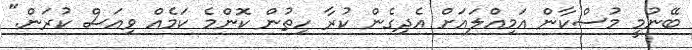
ބޭނުމީ މުސްކާން އަމިއްލައަށް އެދިގެން ކުރާ ހިތުން ކޮންމެ ކަމެއް ވިއަސް ކުރަން."